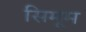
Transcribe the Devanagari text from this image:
सिमूम